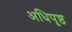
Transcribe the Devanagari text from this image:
अधिपृष्ठ